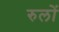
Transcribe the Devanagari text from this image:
रुलों